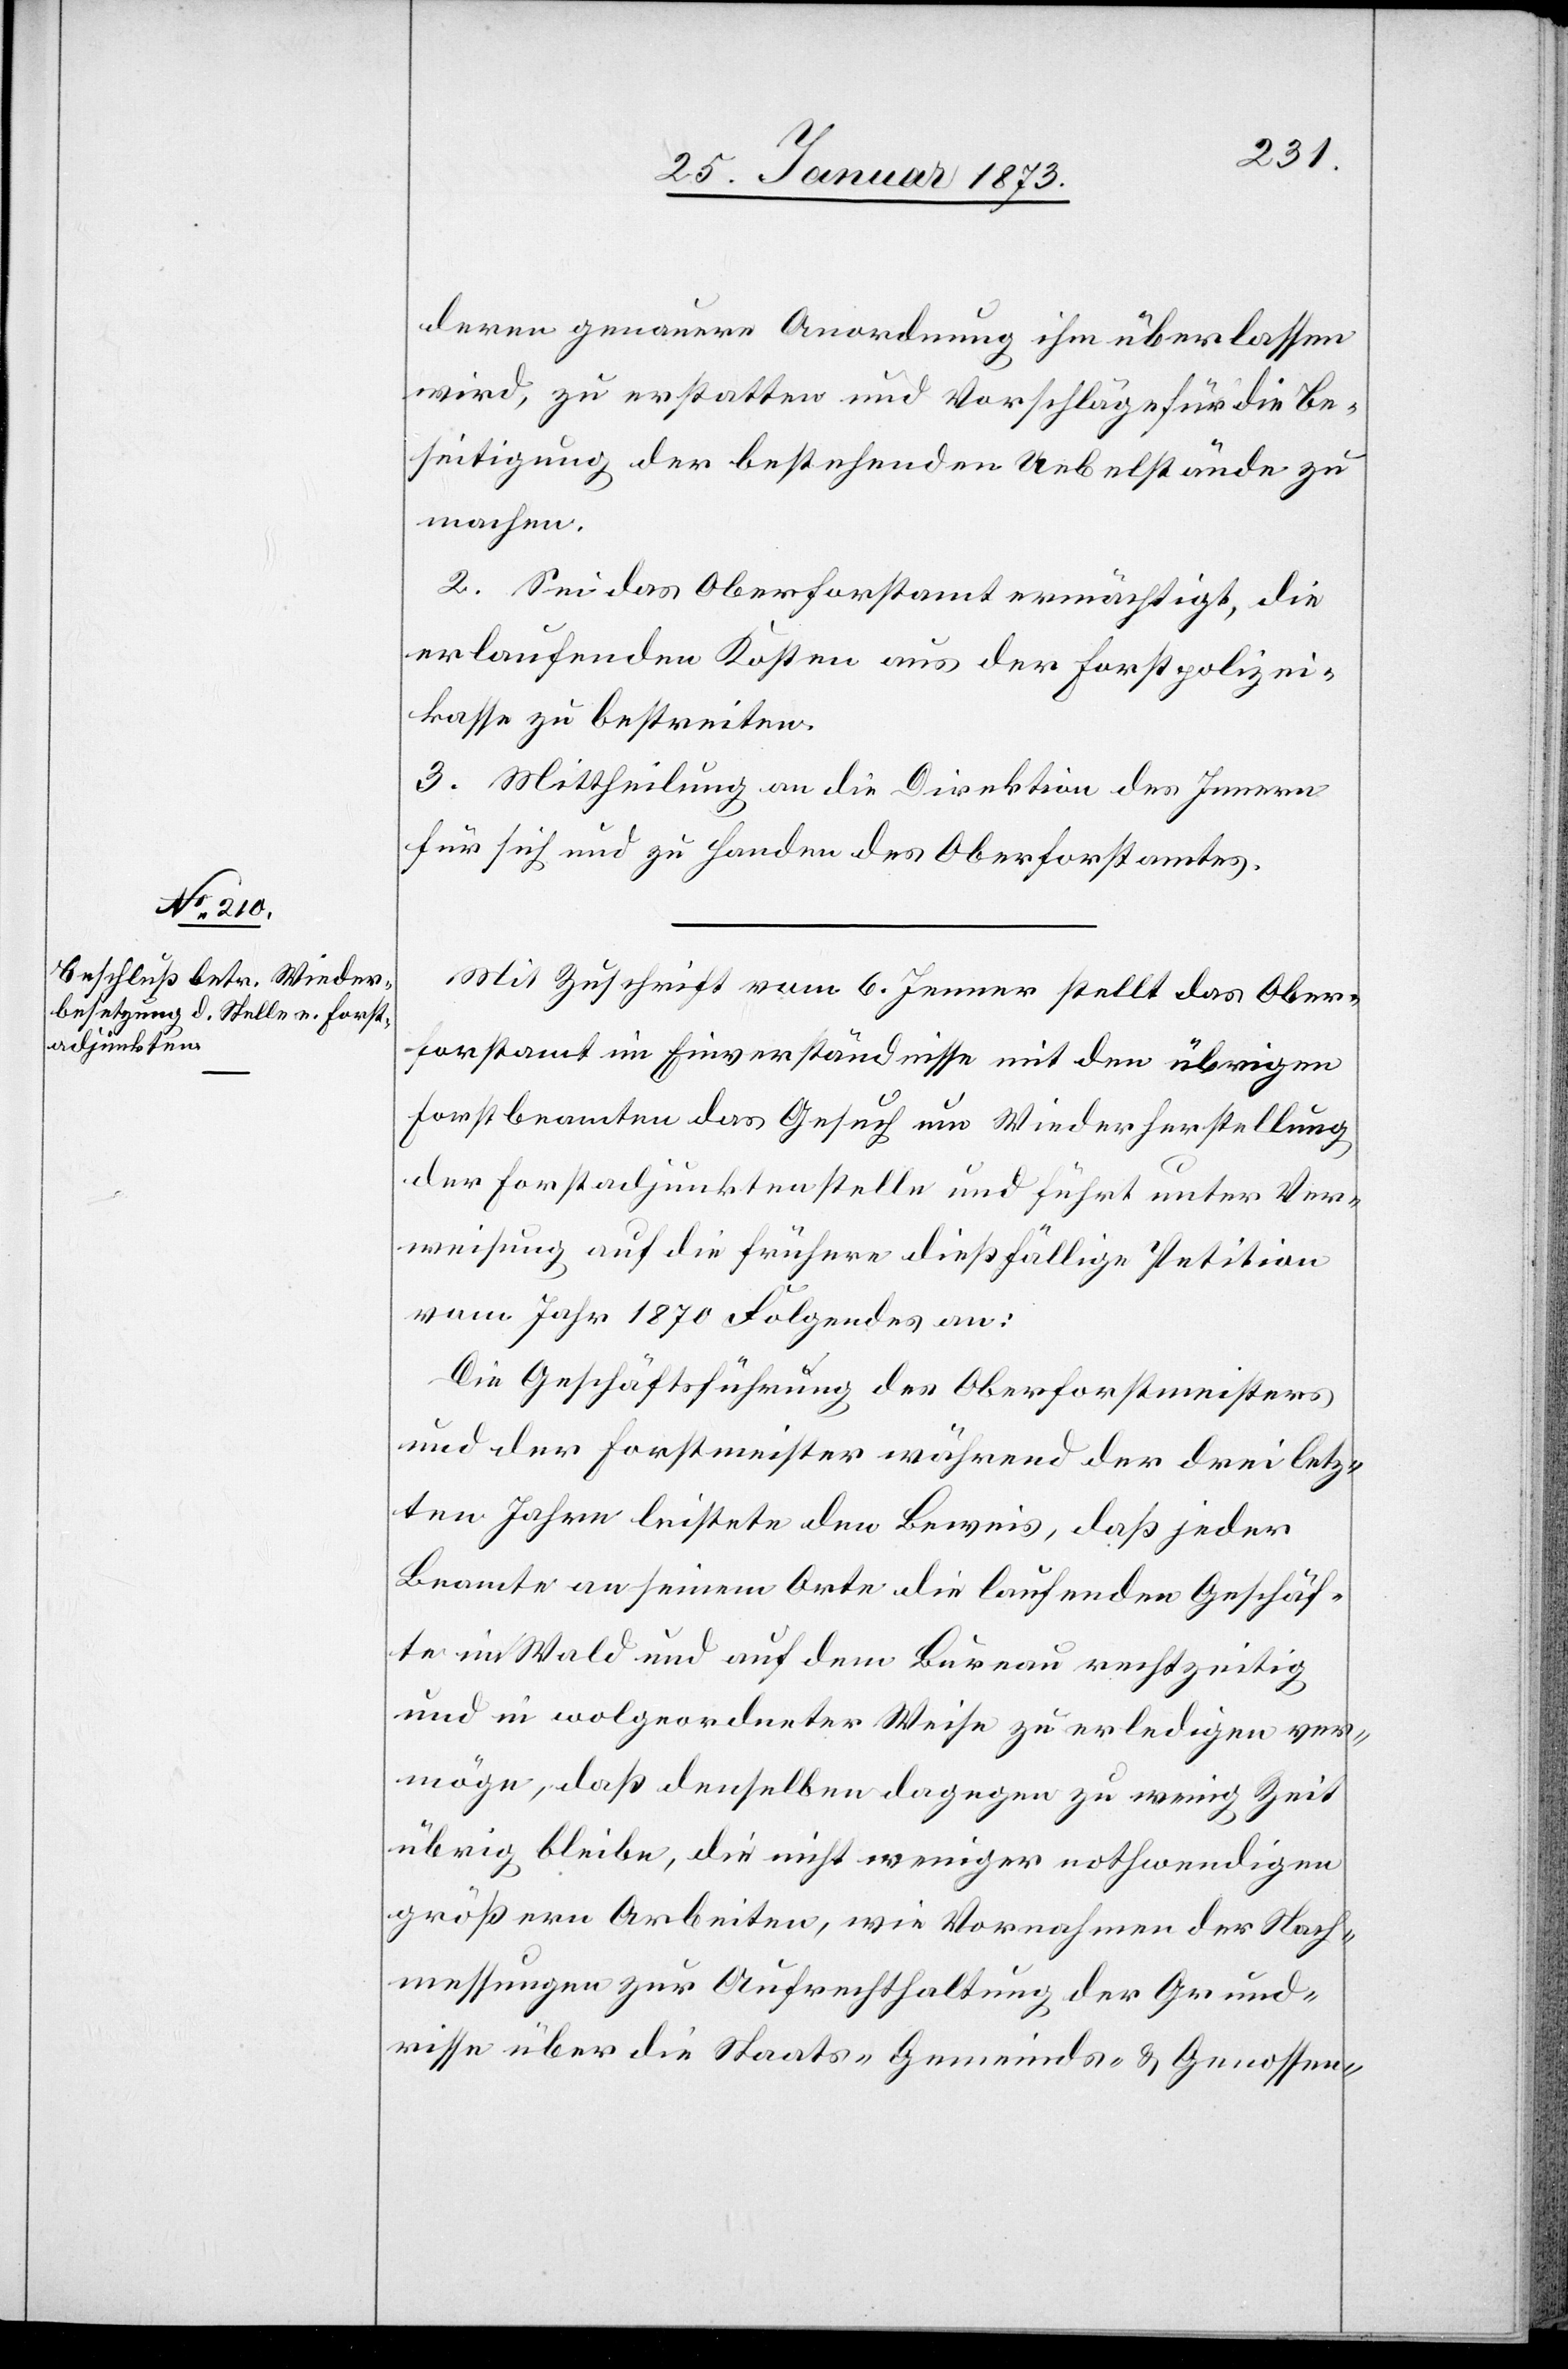
deren genauere Anordnung ihm überlassen
wird, zu erstatten und Vorschläge für die Be¬
seitigung der bestehenden Uebelstände zu
machen.
2. Sei das Oberforstamt ermächtigt, die
erlaufenden Kosten aus der Forstpolizei¬
kasse zu bestreiten.
3. Mittheilung an die Direktion des Innern
für sich und zu Handen des Oberforstamtes.
Mit Zuschrift vom 6. Jenner stellt das Ober¬
forstamt im Einverständnisse mit den übrigen
Forstbeamten das Gesuch um Wiederherstellung
der Forstadjunktenstelle und führt unter Ver¬
weisung auf die frühere dießfällige Petition
vom Jahr 1870 Folgendes an:
Die Geschäftsführung des Oberforstmeisters
und der Forstmeister während der drei letz¬
ten Jahre leistete den Beweis, daß jeder
Beamte an seinem Orte die laufenden Geschäf¬
te im Wald und auf dem Bureau rechtzeitig
und in wolgeordneter Weise zu erledigen ver¬
möge, daß denselben dagegen zu wenig Zeit
übrig bleibe, die nicht weniger nothwendigen
größern Arbeiten, wie Vornahmen der Nach¬
messungen zur Aufrechthaltung der Grund¬
risse über die Staats-[,] Gemeinds- u. Genossen-